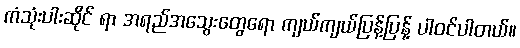
ကံသုံးပါးဆိုင် ရာ အရည်အသွေးတွေရော ကျယ်ကျယ်ပြန့်ပြန့် ပါဝင်ပါတယ်။